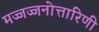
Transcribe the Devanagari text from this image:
मज्जज्जनोत्तारिणी